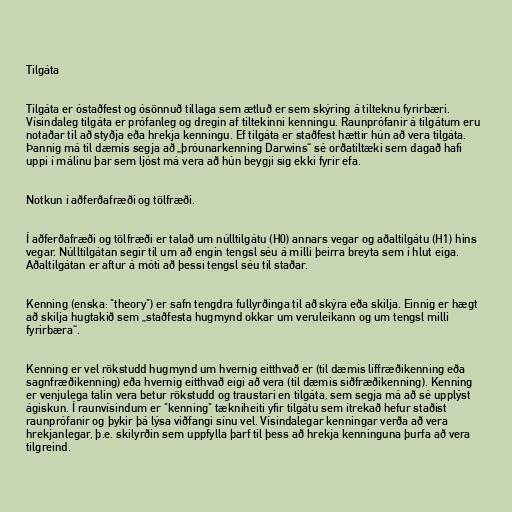
Tilgáta

Tilgáta er óstaðfest og ósönnuð tillaga sem ætluð er sem skýring á tilteknu fyrirbæri.
Vísindaleg tilgáta er prófanleg og dregin af tiltekinni kenningu. Raunprófanir á tilgátum eru
notaðar til að styðja eða hrekja kenningu. Ef tilgáta er staðfest hættir hún að vera tilgáta.
Þannig má til dæmis segja að „þróunarkenning Darwins“ sé orðatiltæki sem dagað hafi
uppi í málinu þar sem ljóst má vera að hún beygji sig ekki fyrir efa.

Notkun í aðferðafræði og tölfræði.

Í aðferðafræði og tölfræði er talað um núlltilgátu (H0) annars vegar og aðaltilgátu (H1) hins
vegar. Núlltilgátan segir til um að engin tengsl séu á milli þeirra breyta sem í hlut eiga.
Aðaltilgátan er aftur á móti að þessi tengsl séu til staðar.

Kenning (enska: "theory") er safn tengdra fullyrðinga til að skýra eða skilja. Einnig er hægt
að skilja hugtakið sem „staðfesta hugmynd okkar um veruleikann og um tengsl milli
fyrirbæra“.

Kenning er vel rökstudd hugmynd um hvernig eitthvað er (til dæmis líffræðikenning eða
sagnfræðikenning) eða hvernig eitthvað eigi að vera (til dæmis siðfræðikenning). Kenning
er venjulega talin vera betur rökstudd og traustari en tilgáta, sem segja má að sé upplýst
ágiskun. Í raunvísindum er "kenning" tækniheiti yfir tilgátu sem ítrekað hefur staðist
raunprófanir og þykir þá lýsa viðfangi sínu vel. Vísindalegar kenningar verða að vera
hrekjanlegar, þ.e. skilyrðin sem uppfylla þarf til þess að hrekja kenninguna þurfa að vera
tilgreind.